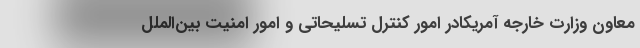
معاون وزارت خارجه آمریکادر امور کنترل تسلیحاتی و امور امنیت بین‌الملل